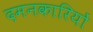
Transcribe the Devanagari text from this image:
दमनकारियों